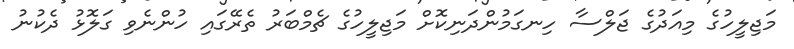
މަޖިލީހުގެ މިއަދުގެ ޖަލްސާ ހިނގަމުންދަނިކޮށް މަޖިލީހުގެ ޗެމްބަރު ތެރޭގައި ހުންނެވި ގަލޮޅު ދެކުނު